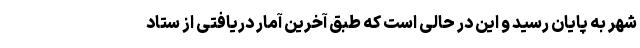
شهر به پایان رسید و این در حالی است که طبق آخرین آمار دریافتی از ستاد